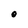
Character: O